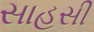
સાહસી